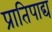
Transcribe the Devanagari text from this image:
प्रातिपाद्य